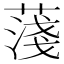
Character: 䔐